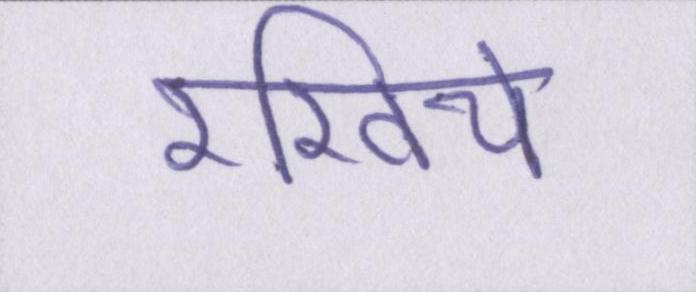
रखिये